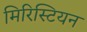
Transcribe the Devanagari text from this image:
मिरिस्टियन